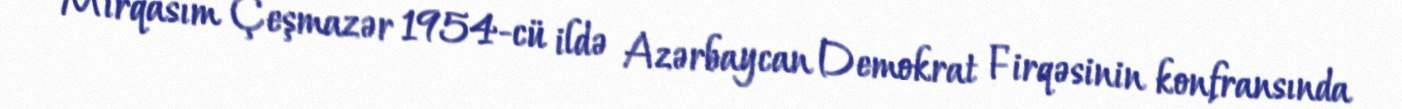
Mirqasım Çeşmazər 1954-cü ildə Azərbaycan Demokrat Firqəsinin konfransında